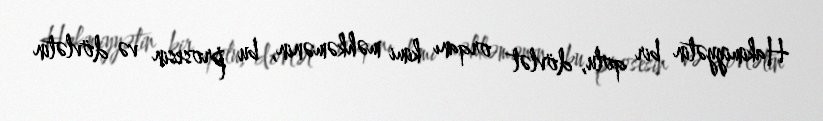
Hakimiyyətin bir qolu, dövlət orqanı kimi məhkəmənin, bu prosesin və dövlətin